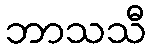
ဘာသသီ